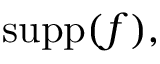
\operatorname { s u p p } ( f ) ,